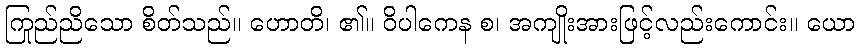
ကြည်ညိုသော စိတ်သည်။ ဟောတိ၊ ၏။ ဝိပါကေန စ၊ အကျိုးအားဖြင့်လည်းကောင်း။ ယော